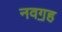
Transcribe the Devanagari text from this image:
नवॻह